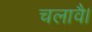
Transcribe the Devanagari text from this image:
चलावै।